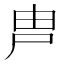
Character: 𡱋